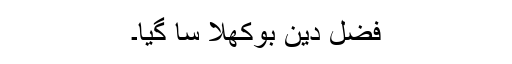
فضل دین بوکھلا سا گیا۔